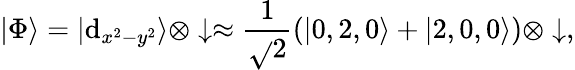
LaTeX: |\Phi\rangle=|\mathrm{d}_{x^{2}-y^{2}}\rangle\otimes\downarrow\approx\frac{{1}}{{\sqrt{}{{2}}}}(|0,2,0\rangle+|2,0,0\rangle)\otimes\downarrow,